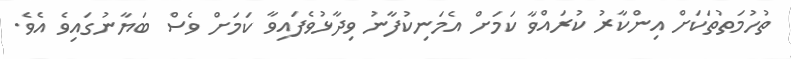
ތުހުމަތުތަކަށް އިންކާރު ކުރައްވާ ކަމަށް އެމަނިކުފާނު ވިދާޅުވެފައިވާ ކަމަށް ވެސް ބަޔާނުގައިވެ އެވެ.